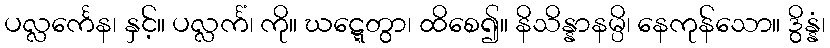
ပလ္လင်္ကေန၊ နှင့်။ ပလ္လင်္ကံ၊ ကို။ ဃဋ္ဋေတွာ၊ ထိစေ၍။ နိသိန္နာနမ္ပိ၊ နေကုန်သော။ ဒွိန္နံ၊